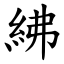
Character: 紼